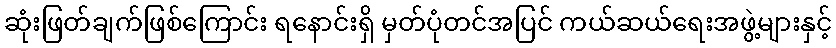
ဆုံးဖြတ်ချက်ဖြစ်ကြောင်း ရနောင်းရှိ မှတ်ပုံတင်အပြင် ကယ်ဆယ်ရေးအဖွဲ့များနှင့်